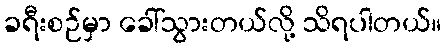
ခရီးစဉ်မှာ ခေါ်သွားတယ်လို့ သိရပါတယ်။